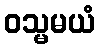
ဝသ္မမယံ